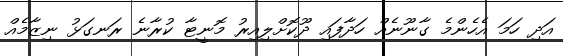
އަދި ހަމަ އެހެންމެ ގާނޫނެއް ހަދާފައި ދޫކޮށްލިއިރު މޮނީޓާ ކުރާނެ ރަނގަޅު ނިޒާމެއް